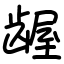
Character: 龌